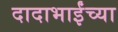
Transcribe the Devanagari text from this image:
दादाभाईंच्या